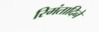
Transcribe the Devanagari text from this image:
रिमंतादिने